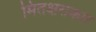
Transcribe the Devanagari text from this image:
मितक्षराकार